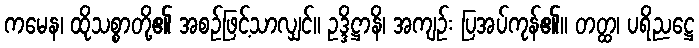
ကမေန၊ ထိုသစ္စာတို့၏ အစဉ်ဖြင့်သာလျှင်။ ဥဒ္ဒိဋ္ဌာနိ၊ အကျဉ်း ပြအပ်ကုန်၏။ တတ္ထ၊ ပရိညဋ္ဌေ